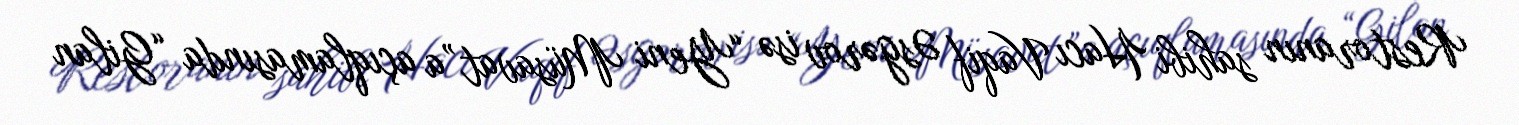
Restoranın sahibi Hacı Vaqif Əsgərov isə “Yeni Müsavat”a açıqlamasında “Gilan